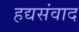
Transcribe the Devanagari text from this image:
हद्यसंवाद